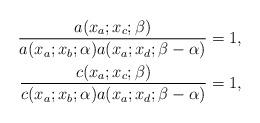
LaTeX: \begin{align*}\frac{a(x_a;x_c;\beta)}{a(x_a;x_b;\alpha)a(x_a;x_d;{\beta-\alpha})}=1, \\\frac{c(x_a;x_c;\beta)}{c(x_a;x_b;\alpha)a(x_a;x_d;{\beta-\alpha})}=1,\end{align*}